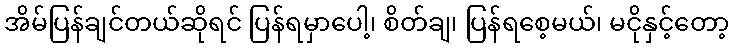
အိမ်ပြန်ချင်တယ်ဆိုရင် ပြန်ရမှာပေါ့၊ စိတ်ချ၊ ပြန်ရစေ့မယ်၊ မငိုနှင့်တော့